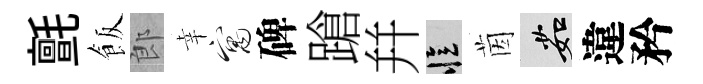
氈飯郎幸寓碑蹌幷忆茵茹違矜